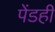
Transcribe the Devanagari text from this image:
पेंडही